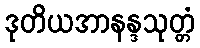
ဒုတိယအာနန္ဒသုတ္တံ